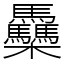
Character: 䯂